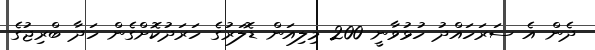
ދެން އެ ސަރަހައްދު ހުޅުވާނީ 200 މިލިއަން ޑޮލަރުގެ ހަރަދުކޮށްގެން ހަދާ ބްރިޖުގެ